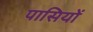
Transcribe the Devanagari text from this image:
पासियों